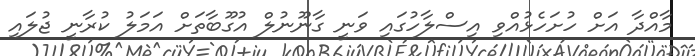
މާއްދާ އަށް ހުށަހެޅުއްވި އިސްލާހުގައި ވަނީ ގާނޫނުލް އުގޫބާތަށް އަމަލު ކުރާނީ ޖުލައި